Report on the working of the Ranchi Indian Mental Hospital, Kanke, in Bihar and Orissa - 1930-1940
Year: 1930
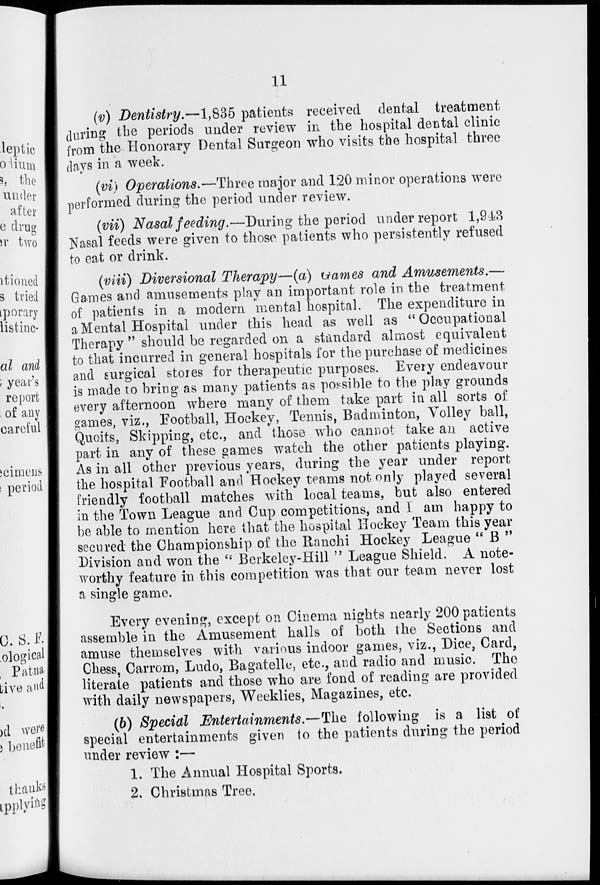
11
(v) Dentistry.—1,835 patients received dental treatment
during the periods under review in the hospital dental clinic
from the Honorary Dental Surgeon who visits the hospital three
days in a week.
(vi) Operations.—Three major and 120 minor operations were
performed during the period under review.
(vii) Nasal feeding.—During the period under report 1,943
Nasal feeds were given to those patients who persistently refused
to eat or drink.
(viii) Diversional Therapy—(a) Games and Amusements.—
Games and amusements play an important role in the treatment
of patients in a modern mental hospital. The expenditure in
a Mental Hospital under this head as well as "Occupational
Therapy " should be regarded on a standard almost equivalent
to that incurred in general hospitals for the purchase of medicines
and surgical stores for therapeutic purposes. Every endeavour
is made to bring as many patients as possible to the play grounds
every afternoon where many of them take part in all sorts of
games, viz., Football, Hockey, Tennis, Badminton, Volley ball,
Quoits, Skipping, etc., and those who cannot take an active
part in any of these games watch the other patients playing.
As in all other previous years, during the year under report
the hospital Football and Hockey teams not only played several
friendly football matches with local teams, but also entered
in the Town League and Cup competitions, and I am happy to
be able to mention here that the hospital Hockey Team this year
secured the Championship of the Ranchi Hockey League " B "
Division and won the '' Berkeley-Hill " League Shield. A note-
worthy feature in this competition was that our team never lost
a single game.
Every evening, except on Cinema nights nearly 200 patients
assemble in the Amusement halls of both the Sections and
amuse themselves with various indoor games, viz., Dice, Card,
Chess, Carrom, Ludo, Bagatelle, etc., and radio and music. The
literate patients and those who are fond of reading are provided
with daily newspapers, Weeklies, Magazines, etc.
(b) Special Entertainments.—The following is a list of
special entertainments given to the patients during the period
under review :—
1. The Annual Hospital Sports.
2. Christmas Tree.